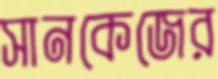
সানকেজের